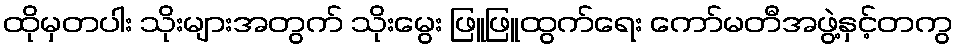
ထိုမှတပါး သိုးများအတွက် သိုးမွေး ဖြူဖြူထွက်ရေး ကော်မတီအဖွဲ့နှင့်တကွ